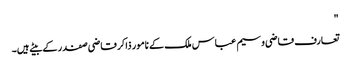
"
تعارف قاضی وسیم عباس ملک کے نامور ذاکر قاضی صفدر کے بیٹے ہیں۔